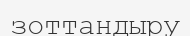
зоттандыру